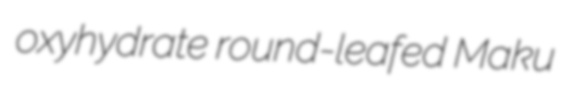
oxyhydrate round-leafed Maku